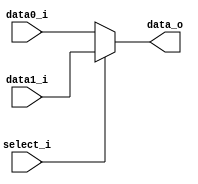
`timescale 1ns / 1ps
//////////////////////////////////////////////////////////////////////////////////
// Company: 
// Engineer: 
// 
// Design Name: 
// Module Name:    MUX_2to1 
// Project Name: 
// Target Devices: 
// Tool versions: 
// Description: 
//
// Dependencies: 
//
// Revision: 
// Revision 0.01 - File Created
// Additional Comments: 
//
//////////////////////////////////////////////////////////////////////////////////
module MUX_2(
			data0_i,
         data1_i,
         select_i,
         data_o
);

		parameter size = 0;			   
			
//I/O ports               
		input   [size-1:0] data0_i;          
		input   [size-1:0] data1_i;
		input              select_i;
		output  [size-1:0] data_o; 

//Internal Signals
		reg     [size-1:0] data_o;

//Main function
		always @(select_i) 
		begin
				 if (select_i == 0) data_o <= data0_i;
				 else data_o <= data1_i;
		end
endmodule